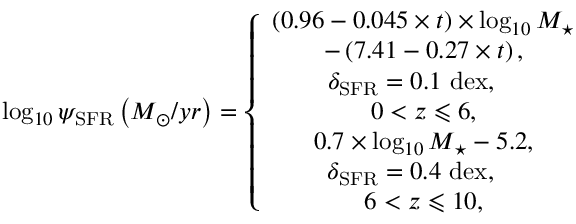
\log _ { 1 0 } \psi _ { \mathrm { S F R } } \left( M _ { \odot } / y r \right) = \left\{ \begin{array} { c } { \left( 0 . 9 6 - 0 . 0 4 5 \times t \right) \times \log _ { 1 0 } M _ { \star } } \\ { - \left( 7 . 4 1 - 0 . 2 7 \times t \right) , } \\ { \delta _ { \mathrm { S F R } } = 0 . 1 ~ \mathrm { d e x } , \quad } \\ { { 0 < z \leqslant 6 } , } \\ { 0 . 7 \times \log _ { 1 0 } M _ { \star } - 5 . 2 , } \\ { \; \delta _ { \mathrm { S F R } } = 0 . 4 ~ \mathrm { d e x } , \quad ~ } \\ { { 6 < z \leqslant 1 0 } , } \end{array} \right.